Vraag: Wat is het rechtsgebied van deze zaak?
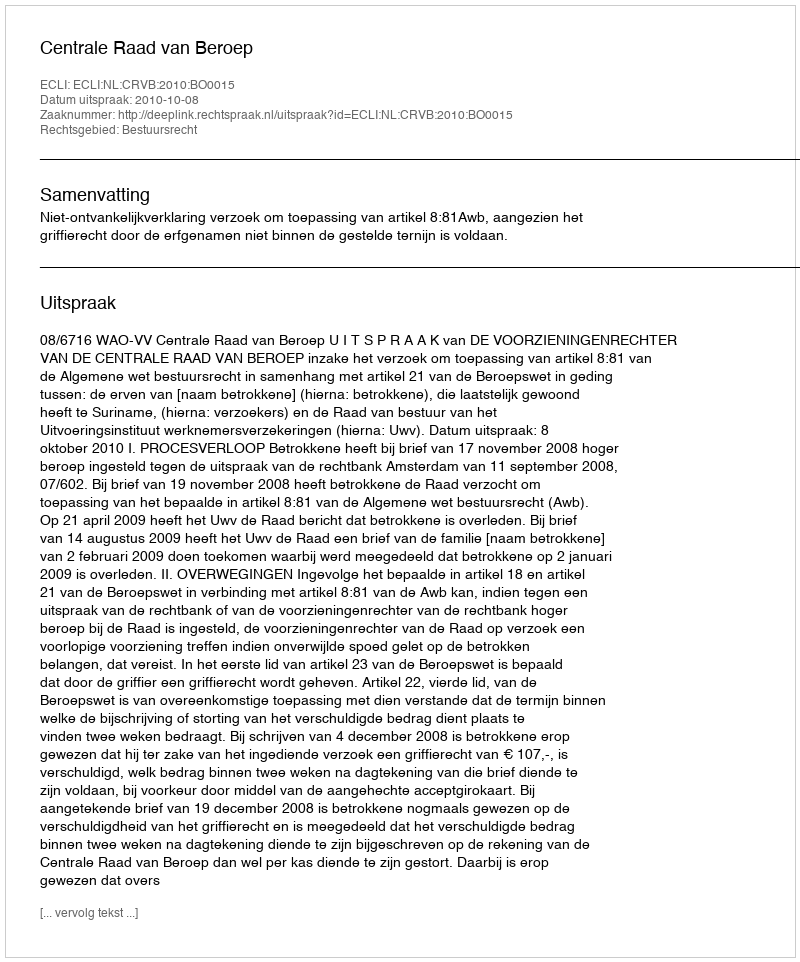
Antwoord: Bestuursrecht